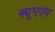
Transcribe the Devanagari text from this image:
क्यूएएम